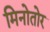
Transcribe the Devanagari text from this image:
मिनोतोर